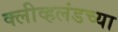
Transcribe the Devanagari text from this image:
क्लीव्हलंडच्या